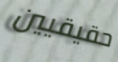
حقيقيين